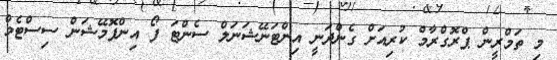
މި ތަމްރީން ޕްރޮގްރާމް ކުރިއަށް ގެންދަނީ އިންޓަނޭޝަނަލް ސެންޓަ ފޯ އިންފޮމޭޝަން ސިސްޓެމް